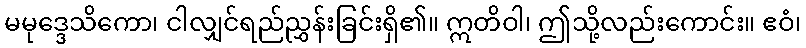
မမုဒ္ဒေသိကော၊ ငါလျှင်ရည်ညွှန်းခြင်းရှိ၏။ ဣတိဝါ၊ ဤသို့လည်းကောင်း။ ဧဝံ၊